Vaccine operations Central Provinces 1886-1899 - 1886-1899
Year: 1886
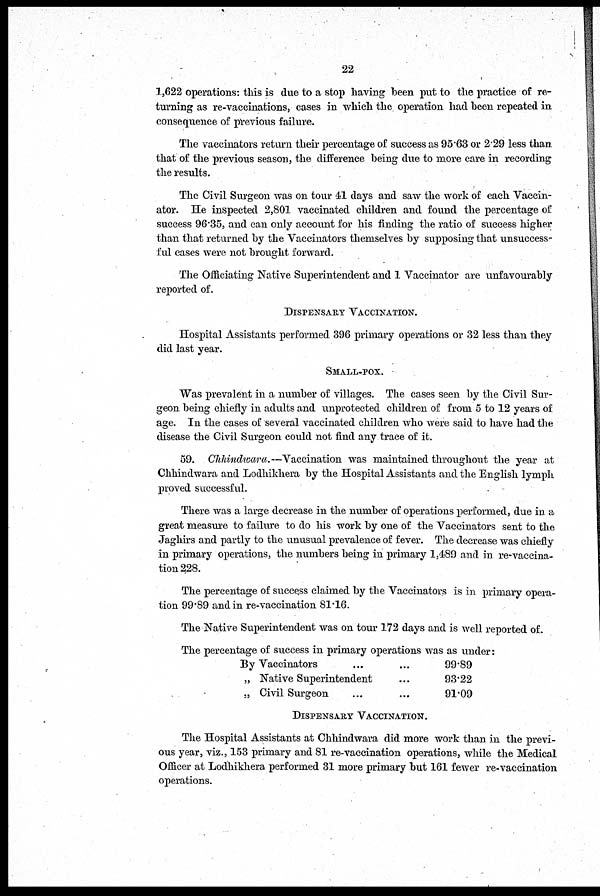
22
1,622 operations: this is due to a stop having been put to the practice of re-
turning as re-vaccinations, cases in which the operation had been repeated in
consequence of previous failure.
The vaccinators return their percentage of success as 95.63 or 2.29 less than
that of the previous season, the difference being due to more care in recording
the results.
The Civil Surgeon was on tour 41 days and saw the work of each Vaccin-
ator. He inspected 2,801 vaccinated children and found the percentage of
success 96.35, and can only account for his finding the ratio of success higher
than that returned by the Vaccinators themselves by supposing that unsuccess-
-ul cases were not brought forward.
The Officiating Native Superintendent and 1 Vaccinator are unfavourably
reported of.
DISPENSARY VACCINATION.
Hospital Assistants performed 396 primary operations or 32 less than they
did last year.
SMALL-POX.
Was prevalent in a number of villages. The cases seen by the Civil Sur-
geon being chiefly in adults and unprotected children of from 5 to 12 years of
age. In the cases of several vaccinated children who were said to have had the
disease the Civil Surgeon could not find any trace of it.
59. Chhindwara.—Vaccination was maintained throughout the year at
Chhindwara and Lodhikhera by the Hospital Assistants and the English lymph
proved successful.
There was a large decrease in the number of operations performed, due in a
great measure to failure to do his work by one of the Vaccinators sent to the
Jaghirs and partly to the unusual prevalence of fever. The decrease was chiefly
in primary operations, the numbers being in primary 1,489 and in re-vaccina-
tion 228.
The percentage of success claimed by the Vaccinators is in primary opera¬
tion 99.89 and in re-vaccination 81.16.
The Native Superintendent was on tour 172 days and is well reported of.
The percentage of success in primary operations was as under:
By Vaccinators ... ...
„ Native Superintendent ...
„ Civil Surgeon ... ...
99.89
93.22
91.09
DISPENSARY VACCINATION.
The Hospital Assistants at Chhindwara did more work than in the previ-
ous year, viz., 153 primary and 81 re-vaccination operations, while the Medical
Officer at Lodhikhera performed 31 more primary but 161 fewer re-vaccination
operations.